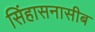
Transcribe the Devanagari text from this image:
सिंहासनासीब